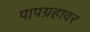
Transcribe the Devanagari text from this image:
पापग्रहावर